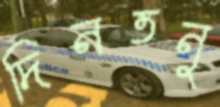
দিনতনু